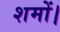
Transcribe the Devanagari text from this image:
शमों।